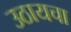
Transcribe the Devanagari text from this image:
उठायचा